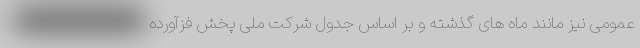
عمومی نیز مانند ماه های گذشته و بر اساس جدول شرکت ملی پخش فزآورده